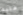
عليه